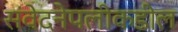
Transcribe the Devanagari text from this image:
संवेदनेपलीकडील